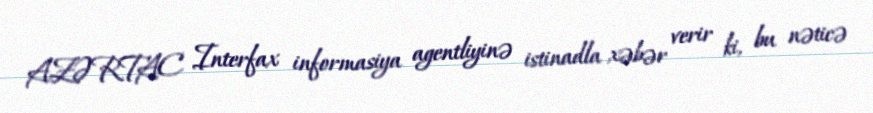
AZƏRTAC Interfax informasiya agentliyinə istinadla xəbər verir ki, bu nəticə